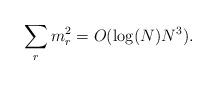
LaTeX: \begin{align*}\sum_r m_r^2 = O(\log(N) N^3).\end{align*}